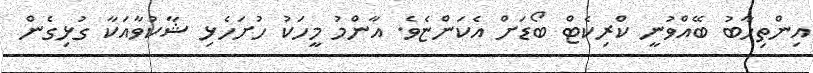
އިންތިހާބު ބޭއްވުނީ ކްރިކެޓް ބޯޑަށް އެކަންޏެވެ. އާންމު މީހަކު ހުށަހެޅި ޝާކުވާއަކާ ގުޅިގެން